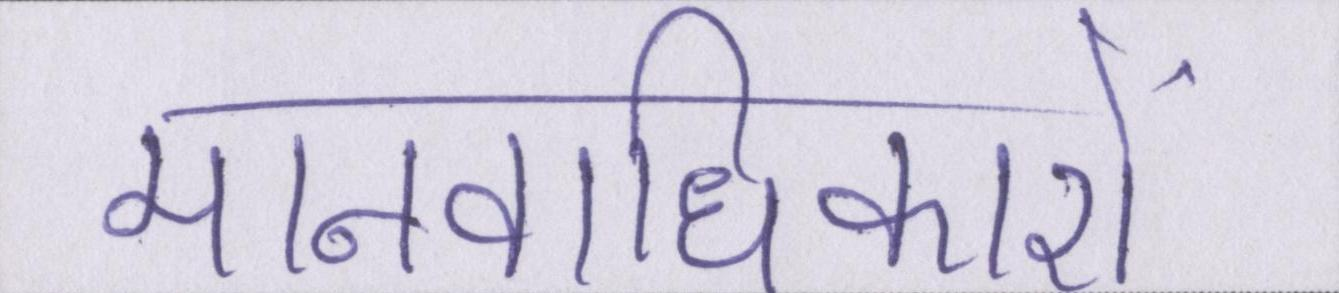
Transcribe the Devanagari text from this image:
मानवाधिकारों